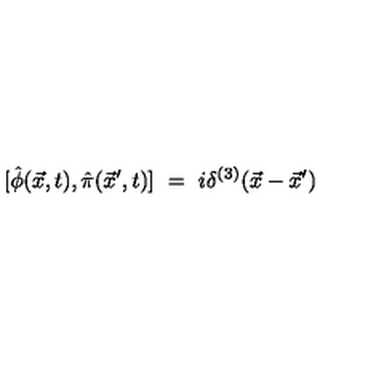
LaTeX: [ \hat { \phi } ( \vec { x } , t ) , \hat { \pi } ( \vec { x } ^ { \prime } , t ) ] \ = \ i \delta ^ { ( 3 ) } ( \vec { x } - \vec { x } ^ { \prime } )